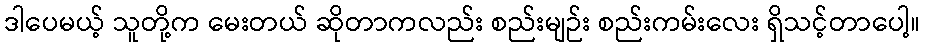
ဒါပေမယ့် သူတို့က မေးတယ် ဆိုတာကလည်း စည်းမျဉ်း စည်းကမ်းလေး ရှိသင့်တာပေါ့။